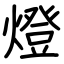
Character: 燈